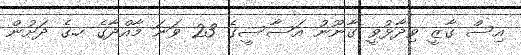
އިސް ގާޒީ ވިދާޅުވީ ގާނޫނު އަސާސީގެ 23 ވަނަ މާއްދާގެ ހ.ގެ ދަށުން